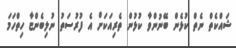
ޝައްކެތް ނެތް ކުޅެން ބޭނުންވާ ކުޅުން ތެރިއަކަށް އެ ފުރުސަތު ނުލިބެންޏާ ހިތްހަމަ